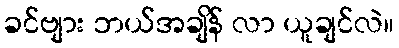
ခင်ဗျား ဘယ်အချိန် လာ ယူချင်လဲ။